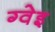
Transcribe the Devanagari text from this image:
ग्वेइ